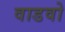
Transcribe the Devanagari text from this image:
वाडवो